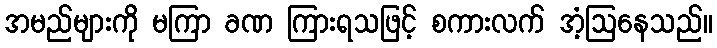
အမည်များကို မကြာ ခဏ ကြားရသဖြင့် စကားလက် အံ့ဩနေသည်။